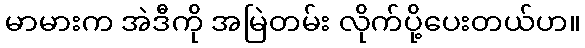
မာမားက အဲဒီကို အမြဲတမ်း လိုက်ပို့ပေးတယ်ဟ။